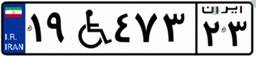
۱۹W۴۷۳۲۳